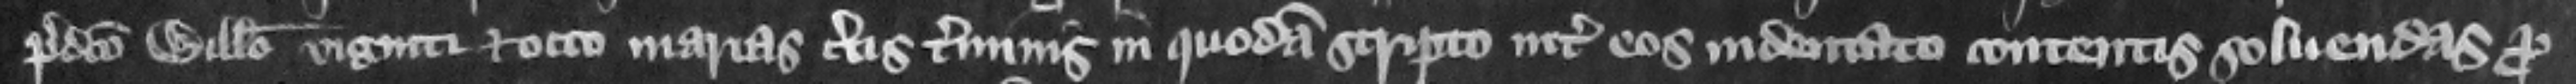
predicto Willelmo viginti et octo marcas certis terminis in quodam scripto inter eos indentato contentis soluendas pro